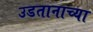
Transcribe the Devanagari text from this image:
उडतानाच्या